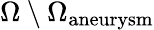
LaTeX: \Omega\setminus\Omega_{\mathrm{aneurysm}}